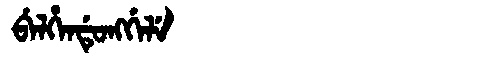
Manchu: ᠪᡝᠯᡥᡝᠨᡩᡠᠩᡤᡝᠯᡝ
Romanization: BELHENDUNGGELE